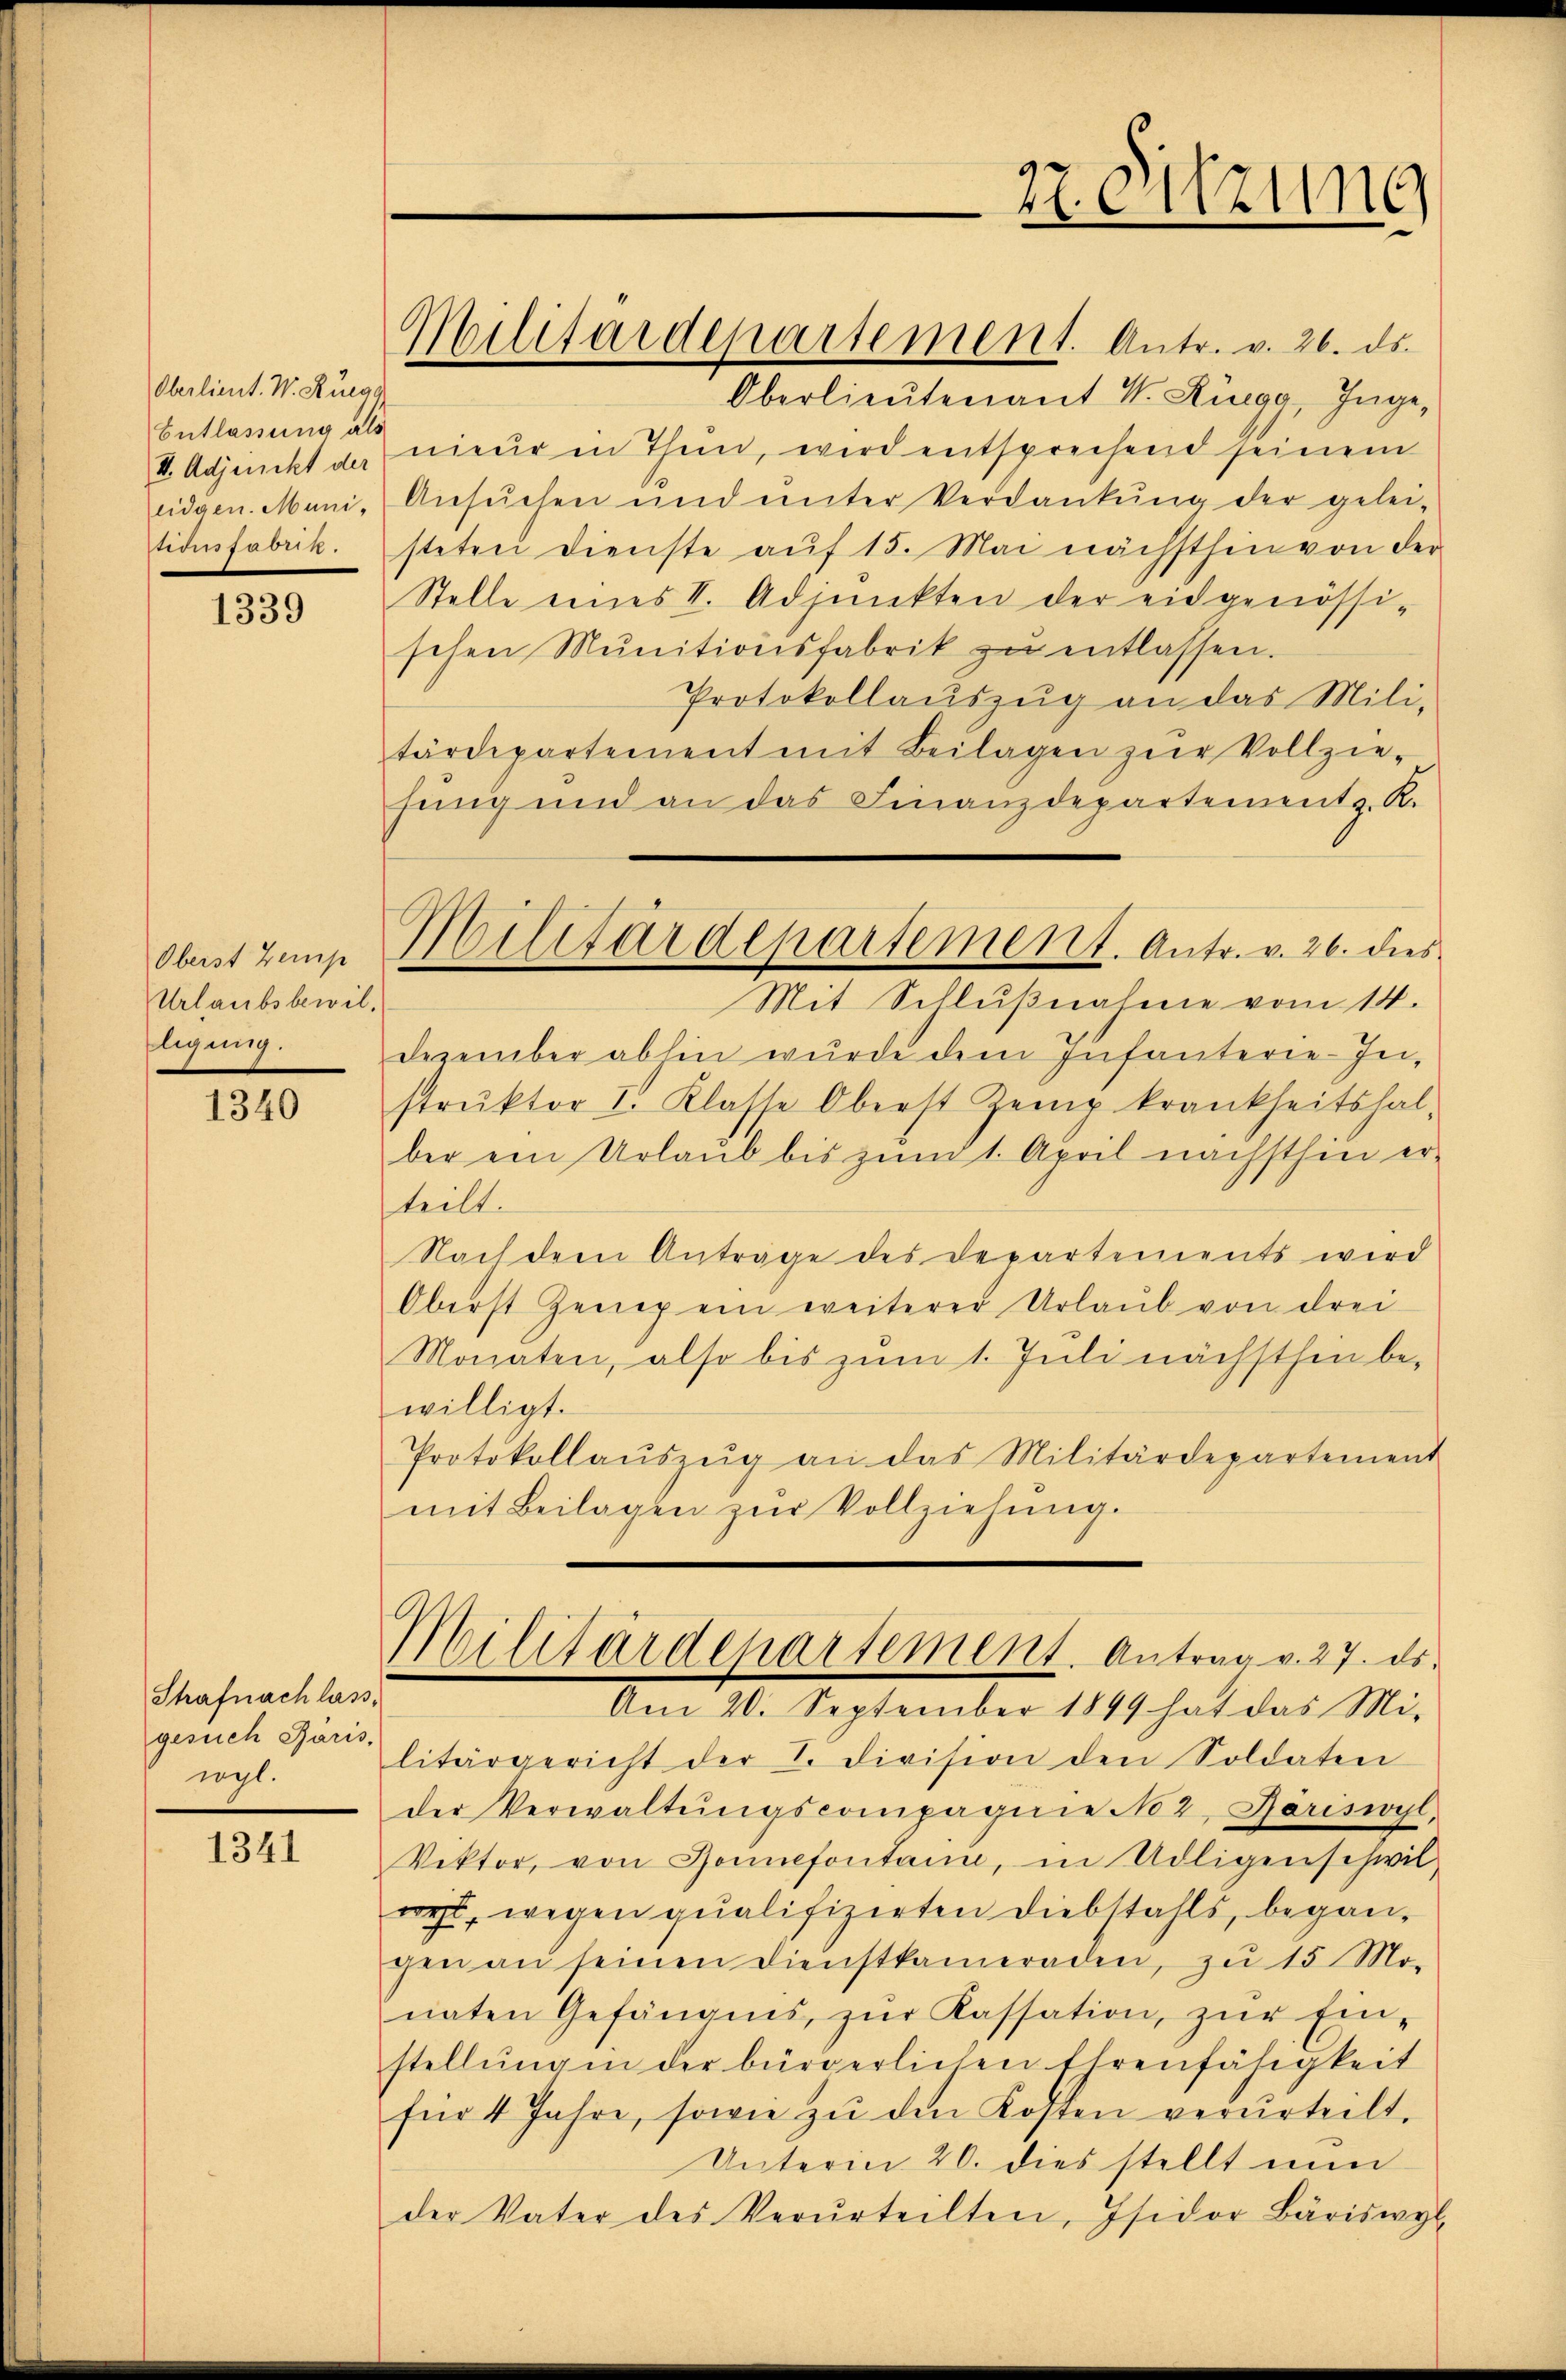
Oberlieut. V. Rüege
Entlassung als
V. Adjunckt der
eidgen. Muni¬
Stionsabun

1339

Oberst temp
Urlaubsbewil-
ligung.

1340

Shafnach lass,
gesuch Paris,
rogl.

1341

Militärdepartement. Antr. v. 26. ds.

Militärdepartement. Antr. v. 26. dies

27 eitzung

Oberlieutenant V. Ringg, Inge,
nieur in Thun, wird entsprechend seinem
Ansuchen und unter Verdankung der gelei-
steten Dienste auf 15. Mai nächsthin von der
Stelle eines II. Adjunkten der eidgenössischen Munitionsfabrik zŭ entlassen.
Protokollauszug an das Mili-
tärdepartement mit Beilagen zŭr Vollzie-
fing und an das Finanzdepartement z. K.
Mit Schlußnahme vom 14.
Dezember abhin wurde dem Infanterie-Ini-
strŭktor I. Klasse Oberst Zeig krankheitshal-
ber ein Urlaub bis zum 1. April nächsthin er-
teilt.
Nach dem Anträge des Departements wird
Oberst Zeug ein weiterer Urlaub von drei
Monaten, also bis zum 1. Juli nächsthen be-
willigt.
Protokollaŭszŭg an das Militärdepartement
mit Beilagen zur Vollziehung.
Bilitärdepartement. Antrag v. 27. ds.
Am 20. September 1849 hat das Mi-
litärgericht der 2. Division den Soldaten
der Verwaltŭngscompagnie No 2, Bäriswyl,
Vektor, von Sonnefontain, in Udligenschwil-
wol, wegen qualifizirten Diebstahls, begangen an seinen Dienstkameraden, zu 15 Mo-
naten Gefängnis, zŭr Kassation, zŭr Ein-
stellŭng in der bürgerlichen Ehrenfähigkeit
für 4 Jahre, sowie zŭ den Kosten verurteilt.
Unterin 20. dies stellt nun
der Vater des Verurteilten, Isidor Bäriswyl